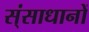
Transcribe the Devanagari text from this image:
स्ंसाधानों